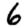
Digit: 6